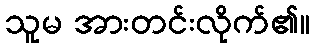
သူမ အားတင်းလိုက်၏။